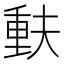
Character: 𫯳